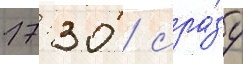
17: 30 / сра́зу